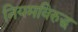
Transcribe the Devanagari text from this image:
नियमविरुद्ध